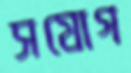
সযোগ